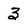
Character: 3